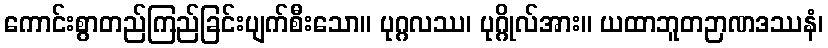
ကောင်းစွာတည်ကြည်ခြင်းပျက်စီးသော။ ပုဂ္ဂလဿ၊ ပုဂ္ဂိုလ်အား။ ယထာဘူတဉာဏဒဿနံ၊